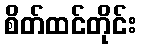
စိတ်ထင်တိုင်း